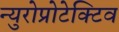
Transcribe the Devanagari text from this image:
न्युरोप्रोटेक्टिव